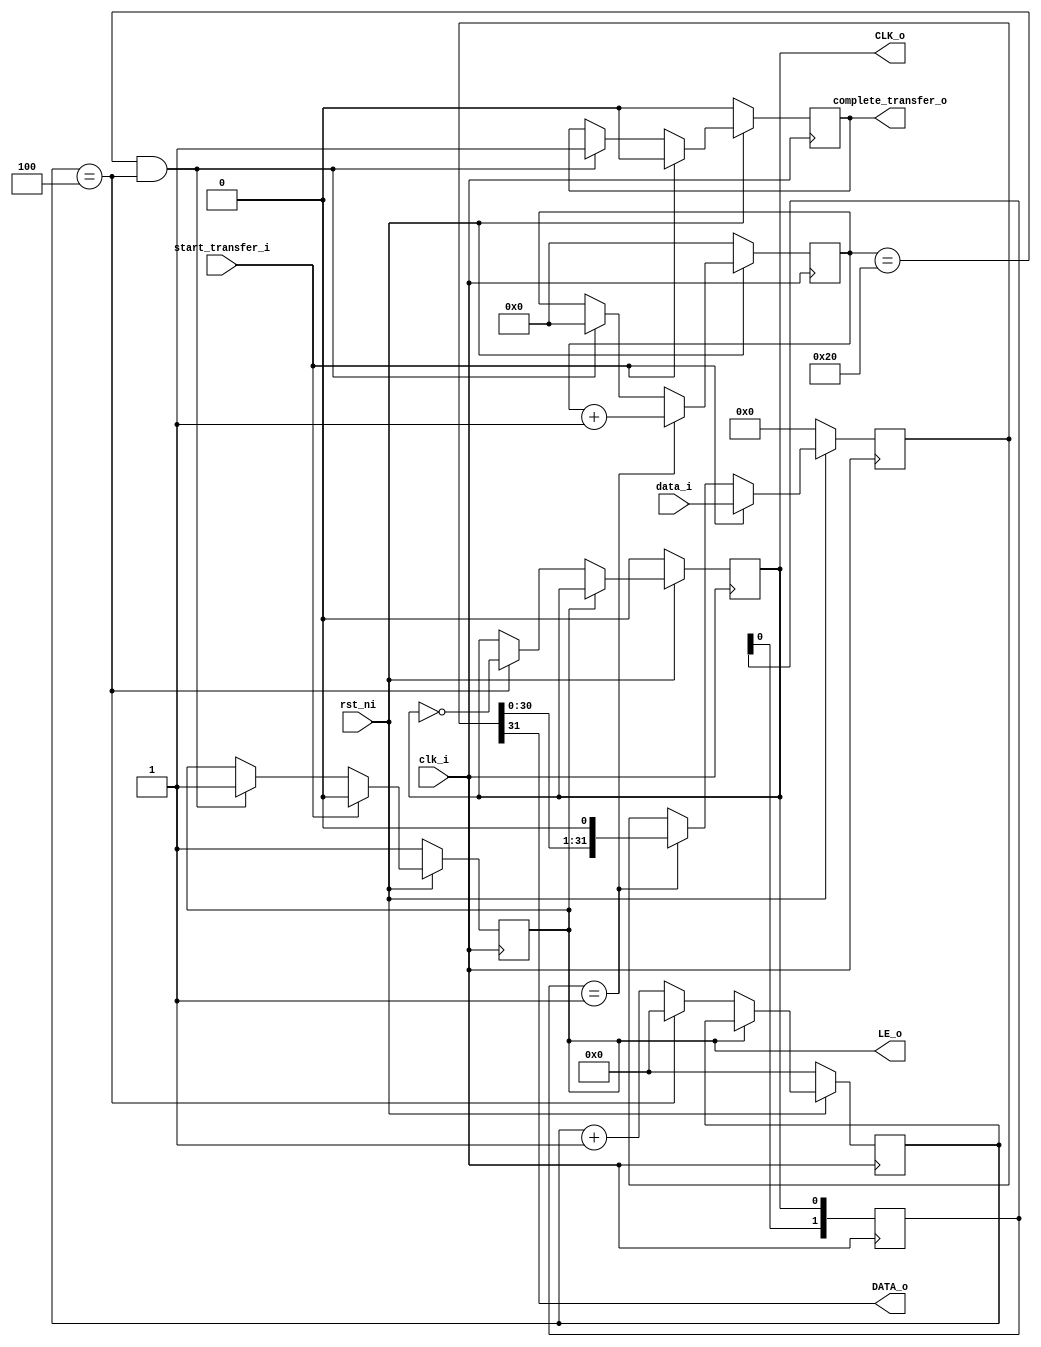
`timescale 1ns / 1ps
//////////////////////////////////////////////////////////////////////////////////
// Company: 
// Engineer: 
// 
// Design Name: 
// Module Name: control_interface
// Project Name: 
// Target Devices: 
// Tool Versions: 
// Description: 
// 
// Dependencies: 
// 
// Revision:
// Revision 0.01 - File Created
// Additional Comments:
// 
//////////////////////////////////////////////////////////////////////////////////


module control_interface
(
    input wire clk_i,
    input wire rst_ni,
    input wire start_transfer_i,
    input wire [31:0] data_i,
    output wire CLK_o,
    output wire DATA_o,
    output wire LE_o,
    output wire complete_transfer_o
);
    
    
reg [3:0] clk_cnt_q;
reg CLK_q;
reg LE_q;
reg [1:0] shr_q=2'b00;
reg sh_en_q;
reg [31:0] data_q;
reg [5:0] periods_cnt_q;
reg complete_transfer_q;

always @(posedge clk_i) begin
    if (!rst_ni) begin
        LE_q <= 1'b1;
        complete_transfer_q <= 1'b0;
    end else if (start_transfer_i) begin
        LE_q <= 1'b0;
        complete_transfer_q <= 1'b0;
    end else if ((periods_cnt_q == 32) && (clk_cnt_q == 4)) begin
        LE_q <= 1'b1;
        complete_transfer_q <= 1'b1;
    end
end

always @(posedge clk_i) begin
    if (!rst_ni) begin
        CLK_q <= 1'b0;
        clk_cnt_q <= 0;
    end else if (!LE_q) begin
        clk_cnt_q <= clk_cnt_q + 1'b1;
        if (clk_cnt_q == 4) begin
            clk_cnt_q <= 0;
            CLK_q <= ~CLK_q;
        end
    end
end

always @(posedge clk_i) begin
    shr_q <= {shr_q[0], CLK_q};
end

always @(posedge clk_i) begin
    if (!rst_ni)
        data_q <= 0;
    else if (start_transfer_i)
        data_q <= data_i;
    else if (shr_q == 2'b01)
        data_q <= {data_q[30:0], 1'b0};
end

always @(posedge clk_i) begin
    if (!rst_ni)
        periods_cnt_q <= 0;
    else if (shr_q == 2'b01)
        periods_cnt_q <= periods_cnt_q + 1'b1;
    else if ((periods_cnt_q == 32) && (clk_cnt_q == 4))
        periods_cnt_q <= 0;
end
    
assign CLK_o = CLK_q;
assign LE_o  = LE_q;
assign DATA_o = data_q[31];
assign complete_transfer_o = complete_transfer_q;
    
endmodule